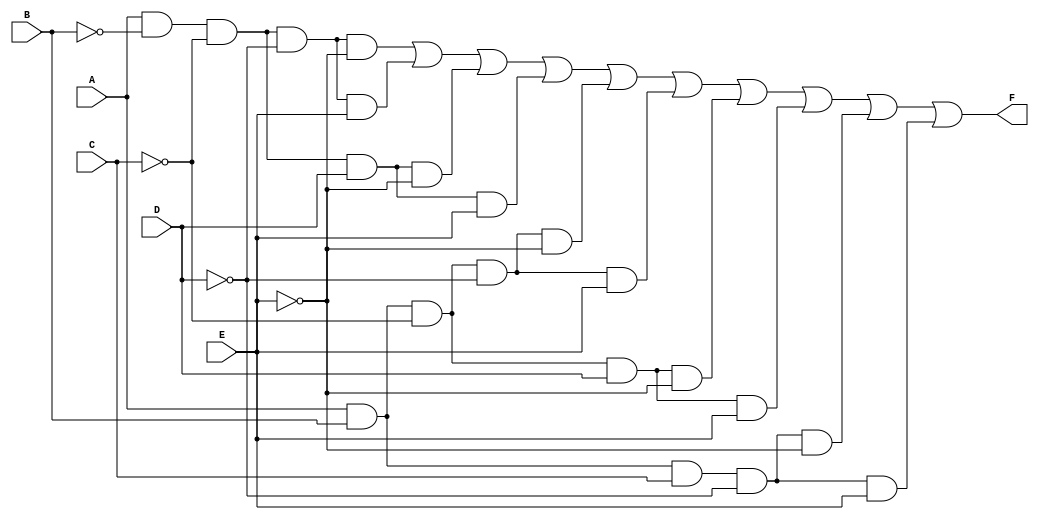
module five_variable_kmap (
    input wire A,  // Variable A
    input wire B,  // Variable B
    input wire C,  // Variable C
    input wire D,  // Variable D
    input wire E,  // Variable E
    output wire F  // Output F
);

// Minterm selection for the output F
// Assume the minterms selected for the K-map (example: m0, m1, m2, m3, m8, m9, m10, m11, m16, m17)
// This is just an example and can be adjusted according to your specific logic function.
assign F = (A & ~B & ~C & ~D & ~E) |   // m0
           (A & ~B & ~C & ~D &  E) |   // m1
           (A & ~B & ~C &  D & ~E) |   // m2
           (A & ~B & ~C &  D &  E) |   // m3
           (A &  B & ~C & ~D & ~E) |   // m8
           (A &  B & ~C & ~D &  E) |   // m9
           (A &  B & ~C &  D & ~E) |   // m10
           (A &  B & ~C &  D &  E) |   // m11
           (A &  B &  C & ~D & ~E) |   // m16
           (A &  B &  C & ~D &  E) |   // m17
           0; // Add more minterms as necessary

endmodule